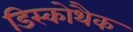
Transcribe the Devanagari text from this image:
डिस्कोथैक